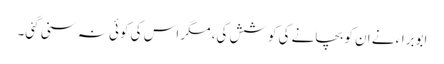
ابوبراء نے ان کو بچانے کی کوشش کی، مگر اس کی کوئی نہ سنی گئی۔